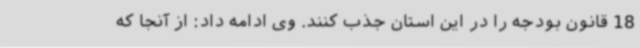
18 قانون بودجه را در این استان جذب کنند. وی ادامه داد: از آنجا که